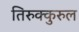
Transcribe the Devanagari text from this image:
तिरुक्कुरुल